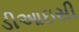
ડીઆઇસી